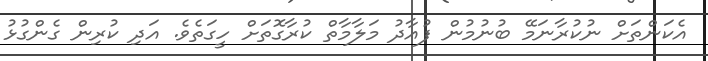
އެކަންތަށް ނުކުރާނަމޭ ބުނުމުން ފުއާދު މަލާމާތް ކުރާގޮތަށް ހީގަތެވެ. އަދި ކުރިން ގެންގުޅު